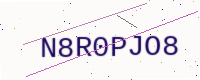
Text: N8R0PJO8